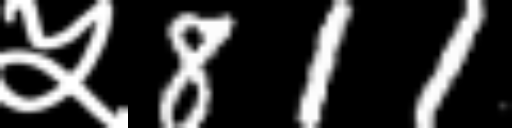
Text: ५811